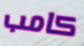
كامب